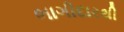
ભાગીદારથી